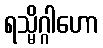
ရသ္မိဂ္ဂါဟော